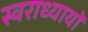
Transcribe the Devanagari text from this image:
स्वराध्यायों